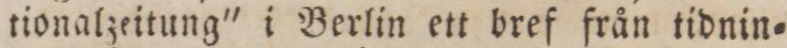
tionalzeitung' i Berlin ett bref från tidnin=